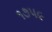
૧૭૫૯